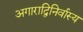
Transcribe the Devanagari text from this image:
अगाराद्विनिर्वास्य